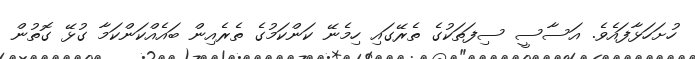
ހުށަހަޅާފައެވެ. އަސާސީ ސިފަތަކުގެ ތެރޭގައި ހިމެނޭ ކަންކަމުގެ ތެރެއިން ބައެއްކަންކަމާ ގުޅޭ ގޮތުން